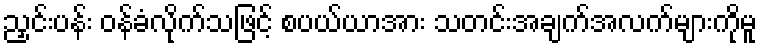
ညှင်းပန်း ဝန်ခံလိုက်သဖြင့် စပယ်ယာအား သတင်းအချက်အလက်များကိုမူ